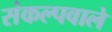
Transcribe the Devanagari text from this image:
संकल्पवाले